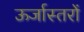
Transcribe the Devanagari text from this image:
ऊर्जास्तरों